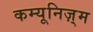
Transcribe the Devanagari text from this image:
कम्यूनिज़्म